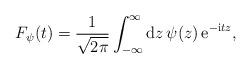
LaTeX: \begin{align*}F_{\psi}(t)={1\over \sqrt {2\pi}}\int_{-\infty}^{\infty}{\rm d} z \,\psi (z)\, {\rm e}^{-{\rm i}tz},\end{align*}